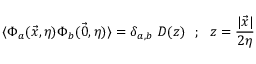
\langle \Phi _ { a } ( \vec { x } , \eta ) \Phi _ { b } ( \vec { 0 } , \eta ) \rangle = \delta _ { a , b } ~ D ( z ) ~ ~ ; ~ ~ z = \frac { | \vec { x } | } { 2 \eta }